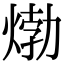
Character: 𤊹